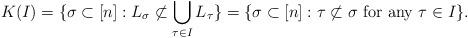
LaTeX: \begin{align*}K(I)=\{\sigma \subset [n]:L_{\sigma}\not\subset\bigcup_{\tau\in I}L_{\tau}\}=\{\sigma\subset [n]: \tau \not\subset \sigma\mbox{ for any } \tau\in I\}.\end{align*}